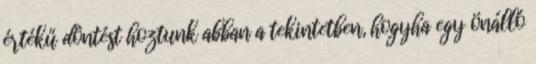
értékű döntést hoztunk abban a tekintetben, hogyha egy önálló